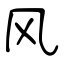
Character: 风